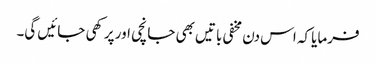
فرمایا کہ اس دن مخفی باتیں بھی جانچی اور پرکھی جائیں گی۔